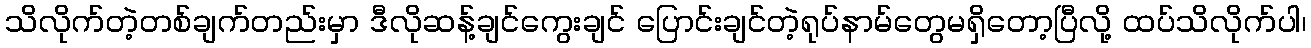
သိလိုက်တဲ့တစ်ချက်တည်းမှာ ဒီလိုဆန့်ချင်ကွေးချင် ပြောင်းချင်တဲ့ရုပ်နာမ်တွေမရှိတော့ပြီလို့ ထပ်သိလိုက်ပါ၊